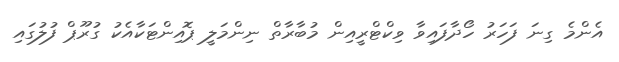
އެންމެ ގިނަ ފަހަރު ހޯދާފައިވާ ވިކްޓްރީއިން މުބާރާތް ނިންމަލީ ޕޮއިންޓަކާއެކު ގުރޫޕް ފުލުގައި